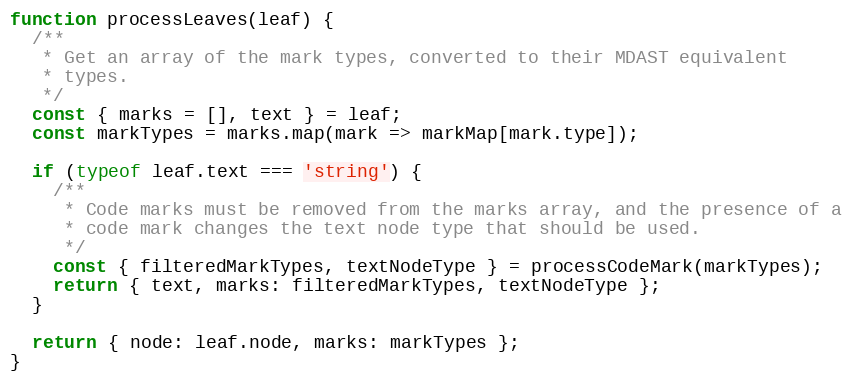
Language: JavaScript
function processLeaves(leaf) {
  /**
   * Get an array of the mark types, converted to their MDAST equivalent
   * types.
   */
  const { marks = [], text } = leaf;
  const markTypes = marks.map(mark => markMap[mark.type]);

  if (typeof leaf.text === 'string') {
    /**
     * Code marks must be removed from the marks array, and the presence of a
     * code mark changes the text node type that should be used.
     */
    const { filteredMarkTypes, textNodeType } = processCodeMark(markTypes);
    return { text, marks: filteredMarkTypes, textNodeType };
  }

  return { node: leaf.node, marks: markTypes };
}